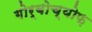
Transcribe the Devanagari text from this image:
गोर्बोच्योफ़